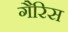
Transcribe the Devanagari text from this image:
गैरिस